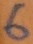
Text: 6